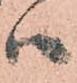
ハ